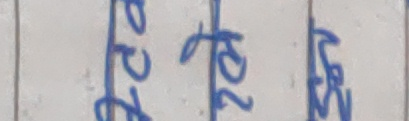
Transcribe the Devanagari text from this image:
२०६९